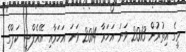
މީގެ އިތުރުން 2013 ވަނަ އަހަރާ 2014 ވަނަ އަހަރާއި އޭއެފްސީ ކަޕްގެ